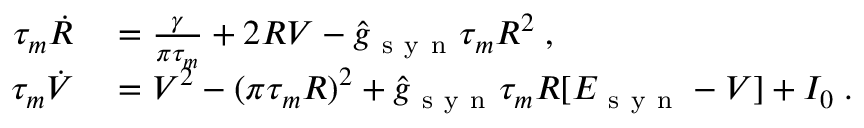
\begin{array} { r l } { \tau _ { m } \dot { R } } & { { } = \frac { \gamma } { \pi \tau _ { m } } + 2 R V - \hat { g } _ { \mathrm { ~ s ~ y ~ n ~ } } \tau _ { m } R ^ { 2 } \; , } \\ { \tau _ { m } \dot { V } } & { { } = V ^ { 2 } - ( \pi \tau _ { m } R ) ^ { 2 } + \hat { g } _ { \mathrm { ~ s ~ y ~ n ~ } } \tau _ { m } R [ E _ { \mathrm { ~ s ~ y ~ n ~ } } - V ] + I _ { 0 } \; . } \end{array}